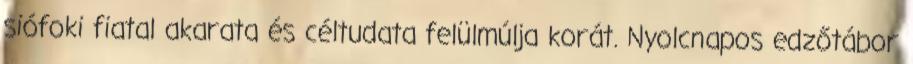
siófoki fiatal akarata és céltudata felülmúlja korát. Nyolcnapos edzőtábor